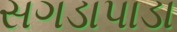
સગડાપાડા